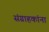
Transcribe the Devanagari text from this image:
संग्राहकांना